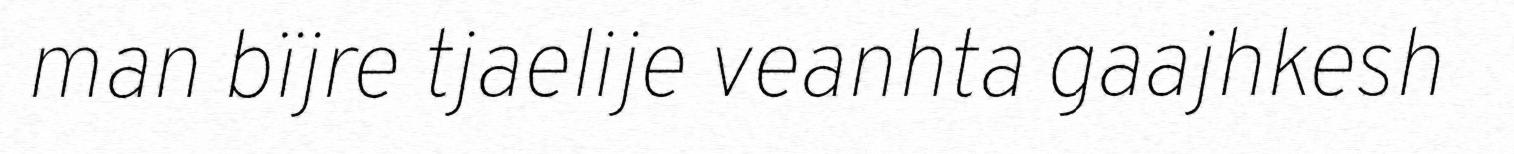
man bïjre tjaelije veanhta gaajhkesh